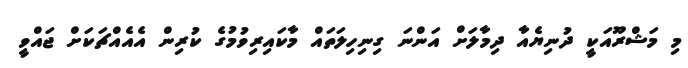
މި މަޝްރޫއަކީ ދުނިޔެއާ ދިމާލަށް އަންނަ ގިނިހިލަތައް މާކައިރިވުމުގެ ކުރިން އެއެއްޗަކަށް ޖައްވީ